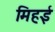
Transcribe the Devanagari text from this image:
मिहई